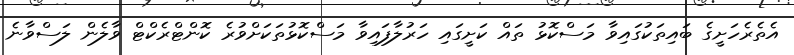
އެތެރެހަށީގެ ބައިތަކުގައިވާ މަސްކޮޅު ތައް ކަށީގައި ހަރުލާފައިވާ މަސްކޮޅުތަކަށްވުރެ ކޮންޓްރެކްޓް ވާލެން ލަސްވާނެ